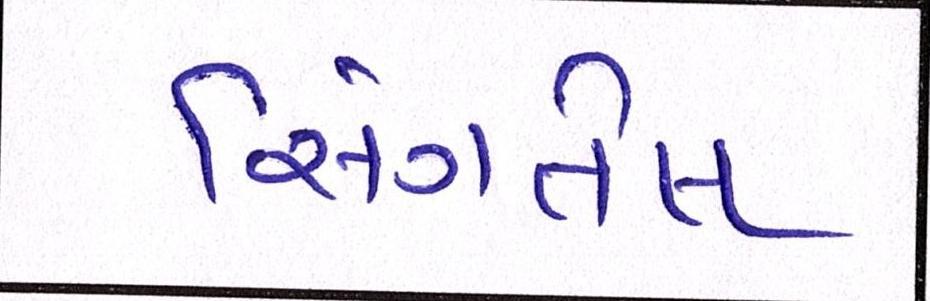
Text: સિંગતેલ